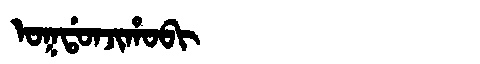
Manchu: ᠣᡴᡩᠣᠨᠵᡳᡥᠣᠪᡳ
Romanization: OKDONJIHOBI